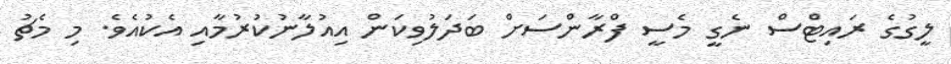
ލީގުގެ ރައިޓްސް ނެގީ މެސީ ފްރާންސަށް ބަދަލުވިކަން އިއުލާނުކުރުމާއި އެކުއެވެ. މި މެޗު